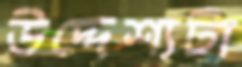
উদ্দেশ্যটা